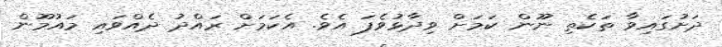
ދަށުގައިވާ ތަކެތި ނޫން ކަމަށް ވިދާޅުވެފަ އެވެ. އެކަމަށް ރައްދު ދެއްވައި މައުމޫން